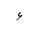
Letter: _hamza